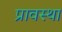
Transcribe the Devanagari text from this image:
प्रावस्‍था